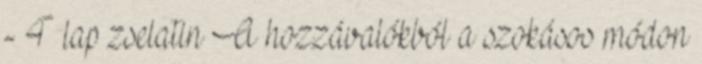
- 4 lap zselatin A hozzávalókból a szokásos módon